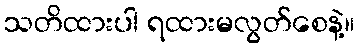
သတိထားပါ ရထားမလွတ်စေနဲ့။